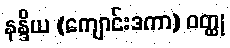
နန္ဒိယ (ကျောင်းဒကာ) ဝတ္ထု